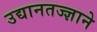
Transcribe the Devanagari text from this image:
उद्यानतज्ज्ञाने